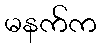
မနက်က